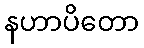
နဟာပိတော